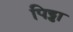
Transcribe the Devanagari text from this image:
पिड्डा